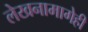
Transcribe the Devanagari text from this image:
लेखनामागेही